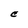
Character: C